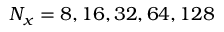
N _ { x } = 8 , 1 6 , 3 2 , 6 4 , 1 2 8